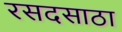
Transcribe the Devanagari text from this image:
रसदसाठा